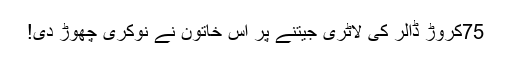
75کروڑ ڈالر کی لاٹری جیتنے پر اس خاتون نے نوکری چھوڑ دی!